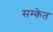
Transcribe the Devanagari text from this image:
सम्केत